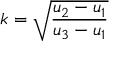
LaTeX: k = { \sqrt { \frac { u _ { 2 } - u _ { 1 } } { u _ { 3 } - u _ { 1 } } } }